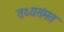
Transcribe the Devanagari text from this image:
तथ्यसंमत